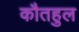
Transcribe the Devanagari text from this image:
कौतहुल